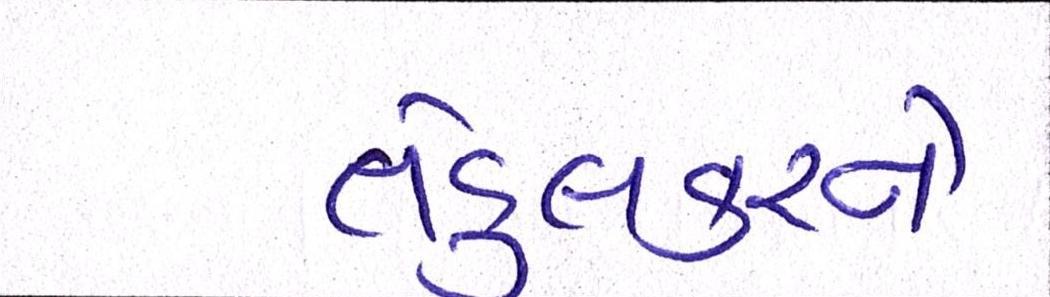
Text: તેંડુલકરને